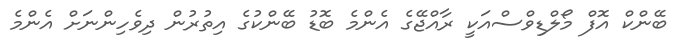
ބޭންކް އޮފް މޯލްޑިވްސްއަކީ ރާއްޖޭގެ އެންމެ ބޮޑު ބޭންކުގެ އިތުރުން ދިވެހިންނަށް އެންމެ